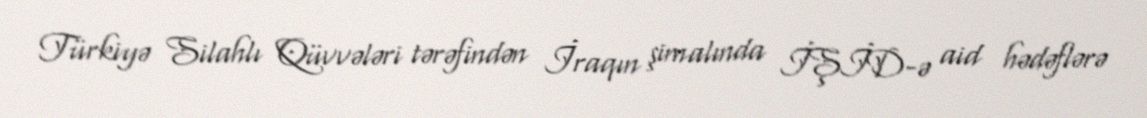
Türkiyə Silahlı Qüvvələri tərəfindən İraqın şimalında İŞİD-ə aid hədəflərə